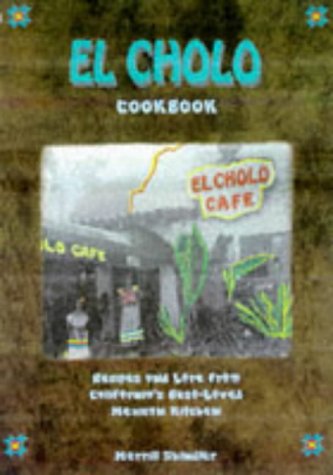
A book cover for El Cholo Cookbook: Recipes and Lore from California's Best-Loved Mexican Kitchen; Merrill Shindler; Cookbooks, Food & Wine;